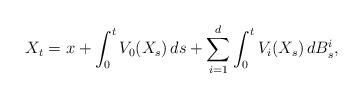
LaTeX: \begin{align*} X_t = x + \int_0^t V_0(X_s)\,ds + \sum_{i=1}^d\int_0^t V_i(X_s)\,dB_s^i,\end{align*}